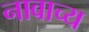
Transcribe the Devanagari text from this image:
नावाच्य